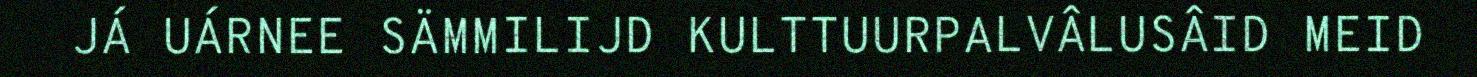
JÁ UÁRNEE SÄMMILIJD KULTTUURPALVÂLUSÂID MEID